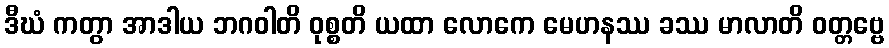
ဒီဃံ ကတွာ အာဒါယ ဘဂဝါတိ ဝုစ္စတိ ယထာ လောကေ မေဟနဿ ခဿ မာလာတိ ဝတ္တဗ္ဗေ